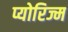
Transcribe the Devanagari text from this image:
प्योरिज्म